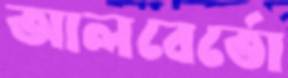
আলবের্তো